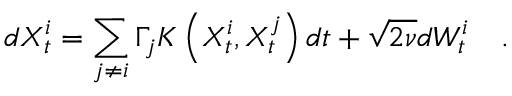
d X _ { t } ^ { i } = \sum _ { j \neq i } \Gamma _ { j } K \left( X _ { t } ^ { i } , X _ { t } ^ { j } \right) d t + \sqrt { 2 \nu } d W _ { t } ^ { i } \quad .